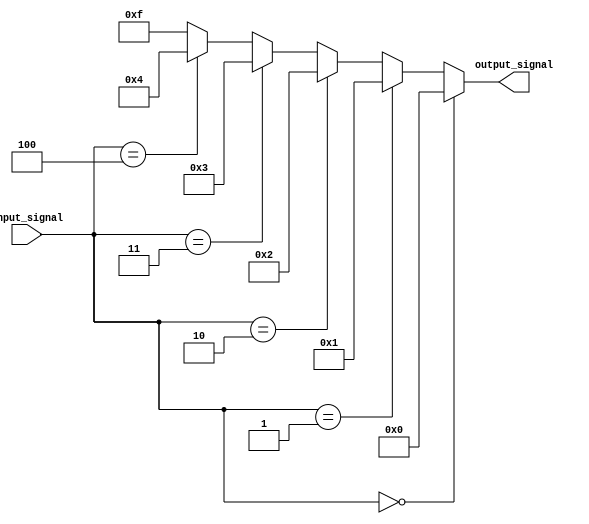
module multiple_if_else (
    input wire [2:0] input_signal,
    output reg [3:0] output_signal
);

always @(input_signal) begin
    if (input_signal == 3'b000) begin
        output_signal = 4'b0000;
    end
    else if (input_signal == 3'b001) begin
        output_signal = 4'b0001;
    end
    else if (input_signal == 3'b010) begin
        output_signal = 4'b0010;
    end
    else if (input_signal == 3'b011) begin
        output_signal = 4'b0011;
    end
    else if (input_signal == 3'b100) begin
        output_signal = 4'b0100;
    end
    else begin
        output_signal = 4'b1111;
    end
end

endmodule